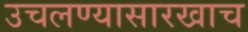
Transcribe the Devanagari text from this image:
उचलण्यासारखाच